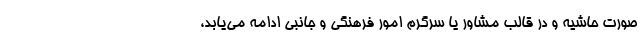
صورت حاشیه و در قالب مشاور یا سرگرم امور فرهنگی و جانبی ادامه می‌یابد،